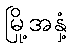
မြို့အနှံ့